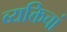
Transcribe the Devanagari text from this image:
व्यक्तिचां